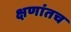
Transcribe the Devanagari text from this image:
क्षणांतच